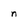
Character: n